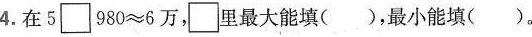
4. 在$$5\square 方块